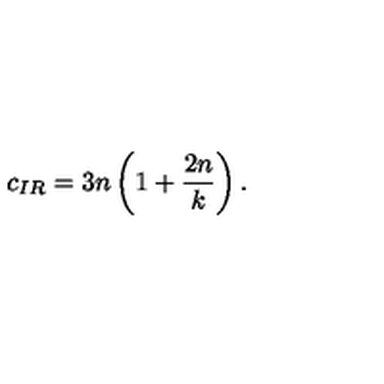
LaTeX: c _ { I R } = 3 n \left( 1 + \frac { 2 n } { k } \right) .